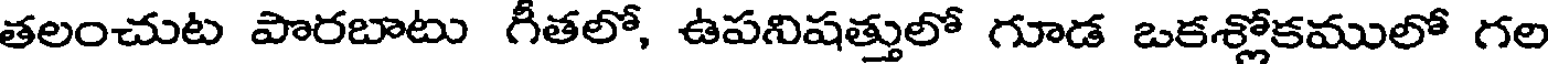
తలంచుట పొరబాటు గీతలో, ఉపనిషత్తులో గూడ ఒకశ్లోకములో గల